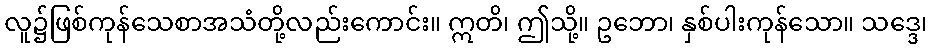
လူ၌ဖြစ်ကုန်သေစာအသံတို့လည်းကောင်း။ ဣတိ၊ ဤသို့။ ဥဘော၊ နှစ်ပါးကုန်သော။ သဒ္ဒေ၊